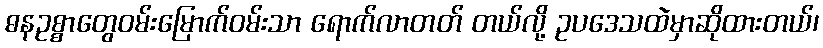
ဓနဥစ္စာတွေဝမ်းမြောက်ဝမ်းသာ ရောက်လာတတ် တယ်လို့ ဥပဒေသထဲမှာဆိုထားတယ်၊